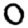
Digit: 0